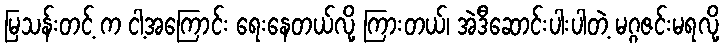
မြသန်းတင့် က ငါ့အကြောင်း ရေးနေတယ်လို့ ကြားတယ်၊ အဲဒီဆောင်းပါးပါတဲ့ မဂ္ဂဇင်းမရလို့